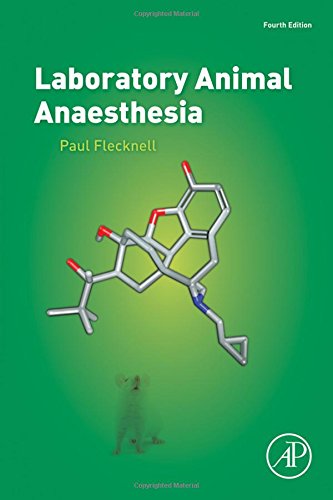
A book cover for Laboratory Animal Anaesthesia, Fourth Edition; Paul Flecknell; Medical Books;